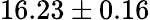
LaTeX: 16.23\pm 0.16